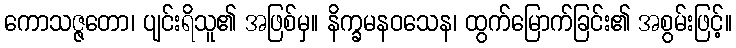
ကောသဇ္ဇတော၊ ပျင်းရိသူ၏ အဖြစ်မှ။ နိက္ခမနဝသေန၊ ထွက်မြောက်ခြင်း၏ အစွမ်းဖြင့်။